Civil Veterinary Department. Central Provinces & Berar 1925-31 - 1925-1931
Year: 1925
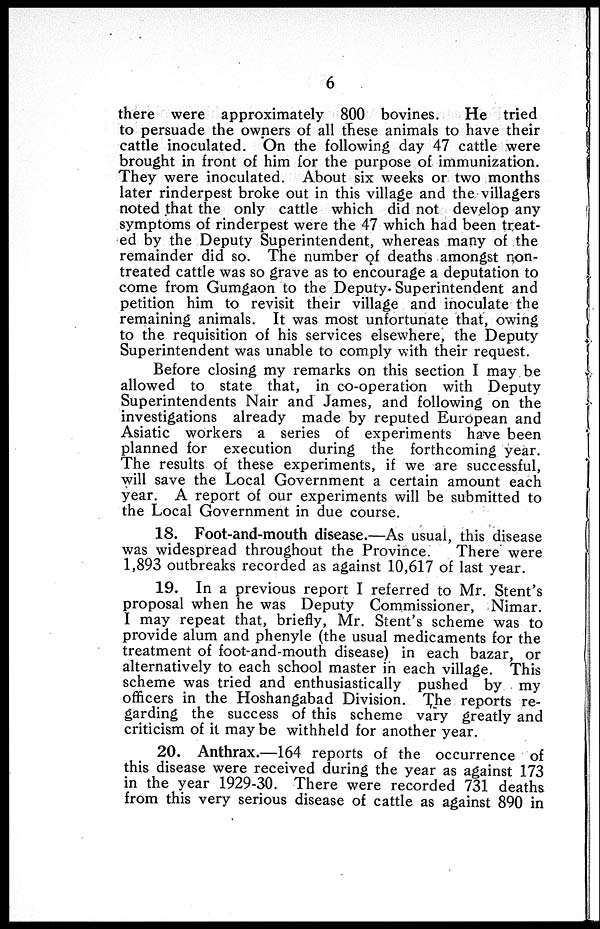
6
there were approximately 800 bovines.
He tried
to persuade the owners of all these animals to have their
cattle inoculated. On the following day 47 cattle were
brought in front of him for the purpose of immunization.
They were inoculated. About six weeks or two months
later rinderpest broke out in this village and the villagers
noted that the only cattle which did not develop any
symptoms of rinderpest were the 47 which had been treat-
ed by the Deputy Superintendent, whereas many of the
remainder did so. The number of deaths amongst non-
treated cattle was so grave as to encourage a deputation to
come from Gumgaon to the Deputy. Superintendent and
petition him to revisit their village and inoculate the
remaining animals. It was most unfortunate that, owing
to the requisition of his services elsewhere, the Deputy
Superintendent was unable to comply with their request.
Before closing my remarks on this section I may be
allowed to state that, in co-operation with Deputy
Superintendents Nair and James, and following on the
investigations already made by reputed European and
Asiatic workers a series of experiments have been
planned for execution during the forthcoming year.
The results of these experiments, if we are successful,
will save the Local Government a certain amount each
year. A report of our experiments will be submitted to
the Local Government in due course.
18. Foot-and-mouth disease.—As usual, this disease
was widespread throughout the Province.
There were
1,893 outbreaks recorded as against 10,617 of last year.
19. In a previous report I referred to Mr. Stent's
proposal when he was Deputy Commissioner, Nimar.
I may repeat that, briefly, Mr. Stent's scheme was to
provide alum and phenyle (the usual medicaments for the
treatment of foot-and-mouth disease) in each bazar, or
alternatively to each school master in each village. This
scheme was tried and enthusiastically pushed by my
officers in the Hoshangabad Division. The reports re-
garding the success of this scheme vary greatly and
criticism of it may be withheld for another year.
20. Anthrax.—164 reports of the occurrence of
this disease were received during the year as against 173
in the year 1929-30. There were recorded 731 deaths
from this very serious disease of cattle as against 890 in